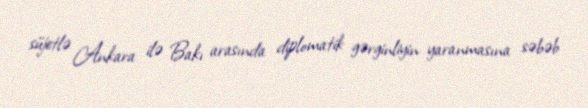
süjetlə Ankara ilə Bakı arasında diplomatik gərginliyin yaranmasına səbəb